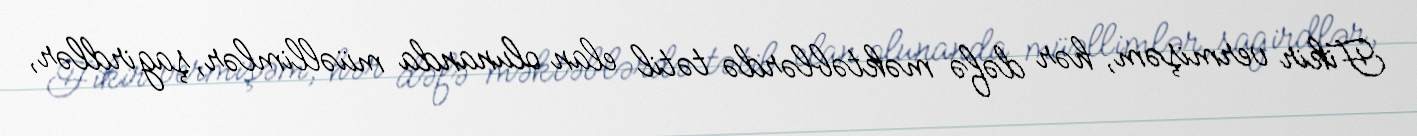
Fikir vermişəm, hər dəfə məktəblərdə tətil elan olunanda müəllimlər, şagirdlər,